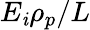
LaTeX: E_{\mathit{i}}\rho_{p}/L